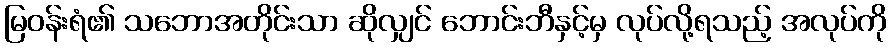
မြဝန်းရံ၏ သဘောအတိုင်းသာ ဆိုလျှင် ဘောင်းဘီနှင့်မှ လုပ်လို့ရသည့် အလုပ်ကို